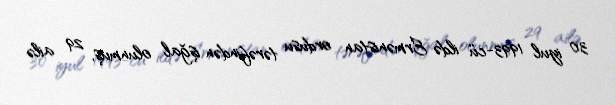
30 iyul 1993-cü ildə Ermənistan ordusu tərəfindən işğal olunmuş, 29 ailə